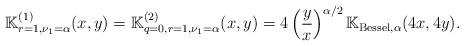
LaTeX: \begin{align*}\mathbb K^{(1)}_{r=1,\nu_1=\alpha}(x, y) =\mathbb K^{(2)}_{q=0, r=1, \nu_1=\alpha}(x, y)= 4 \left(\frac{y}{x}\right)^{\alpha/2} \mathbb K_{\operatorname{Bessel},\alpha}(4x,4y).\end{align*}